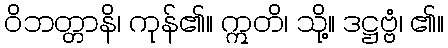
ဝိဘတ္တာနိ၊ ကုန်၏။ ဣတိ၊ သို့။ ဒဋ္ဌဗ္ဗံ၊ ၏။